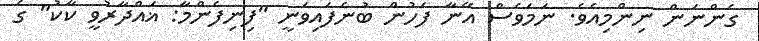
ގެންނަން ނިންމިއެވެ. ނަމަވެސް އޭނާ ފަހުން ބުނެފައިވަނީ "ފިނިފެންމާ: ޣައްދާރުވީ ކާކު" ގެ